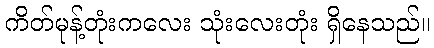
ကိတ်မုန့်တုံးကလေး သုံးလေးတုံး ရှိနေသည်။